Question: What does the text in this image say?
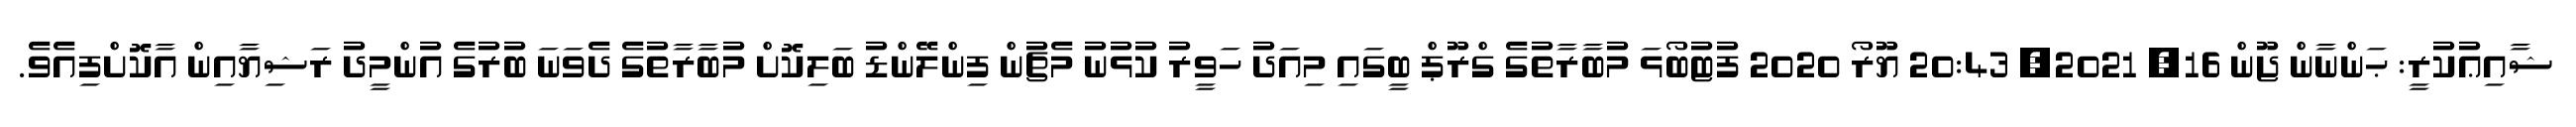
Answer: ޝާއިޢުކުރީ: ޙަންނާން ޖޫން 16, 2021, 20:43 ޔޫރޯ 2020 ފުޓުބޯޅަ މުބާރާތުގެ ގްރޫޕް ބީގައި މިއަދު ހަވީރު ކުޅުނު މެޗުން ފިންލޭންޑު ބަލިކޮށް މުބާރާތުގެ ދެވަނަ ބުރުގެ އުންމީދު ރަޝިޔާއިން އާކޮށްފިއެވެ.